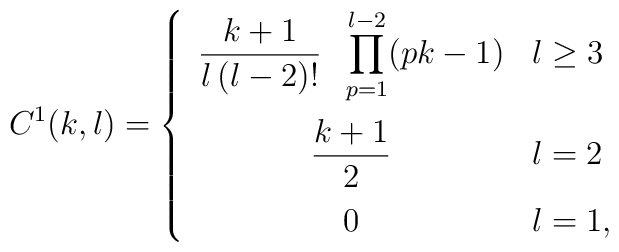
C^{1}(k,l)=\left\{\begin{array}{cl}{\displaystyle \frac{k+1}{l\, (l-2)! }\;\; \prod_{p=1}^{l-2} (pk-1)}& l\geq 3\vspace*{0.2cm} \\{\displaystyle \frac{k+1}{2}} & l=2\vspace*{0.2cm} \\{\displaystyle 0} & l=1,\end{array}\right.